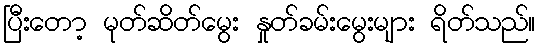
ပြီးတော့ မုတ်ဆိတ်မွေး နှုတ်ခမ်းမွေးများ ရိတ်သည်။